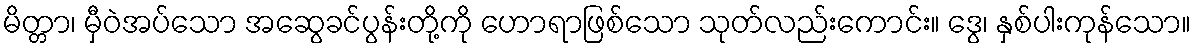
မိတ္တာ၊ မှီဝဲအပ်သော အဆွေခင်ပွန်းတို့ကို ဟောရာဖြစ်သော သုတ်လည်းကောင်း။ ဒွေ၊ နှစ်ပါးကုန်သော။